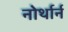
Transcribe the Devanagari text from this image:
नोर्थार्न